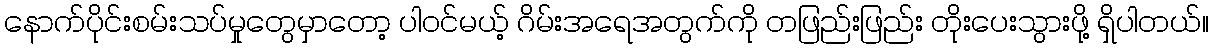
နောက်ပိုင်းစမ်းသပ်မှုတွေမှာတော့ ပါဝင်မယ့် ဂိမ်းအရေအတွက်ကို တဖြည်းဖြည်း တိုးပေးသွားဖို့ ရှိပါတယ်။